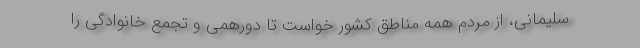
سلیمانی، از مردم همه مناطق کشور خواست تا دورهمی و تجمع خانوادگی را